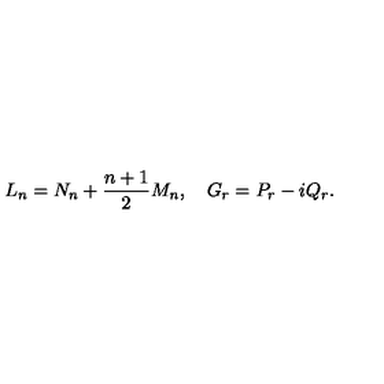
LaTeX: L _ { n } = N _ { n } + \frac { n + 1 } { 2 } M _ { n } , \quad G _ { r } = P _ { r } - i Q _ { r } .